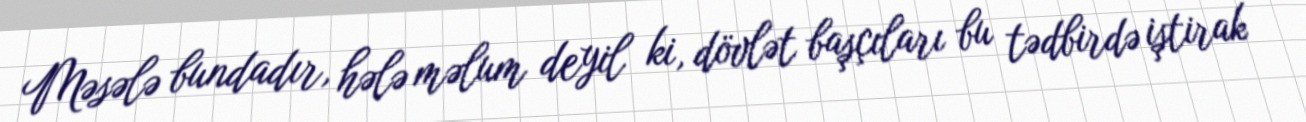
Məsələ bundadır, hələ məlum deyil ki, dövlət başçıları bu tədbirdə iştirak